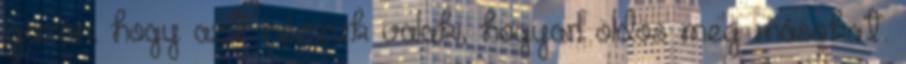
igazán, hogy azt nézzük valaki, hogyan öldös meg másokat.